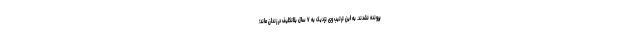
پرونده نشدند. به این ترتیب وی نزدیک به ۷ سال بلاتکلیف در زندان ماند؛